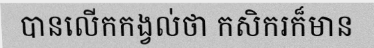
បានលើកកង្វល់ថា កសិករក៏មាន